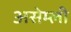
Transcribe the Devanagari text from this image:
असेम्ली